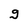
Character: g